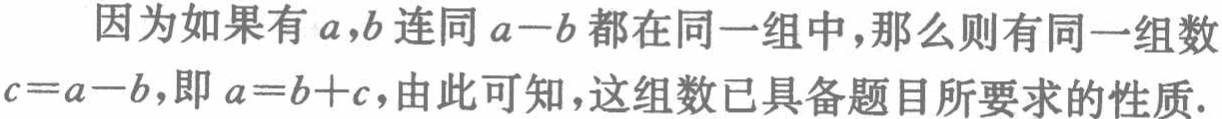
因为如果有\(a,b\)连同\(a - b\)都在同一组中，那么则有同一组数\(c = a - b\)，即\(a = b + c\)，由此可知，这组数已具备题目所要求的性质.